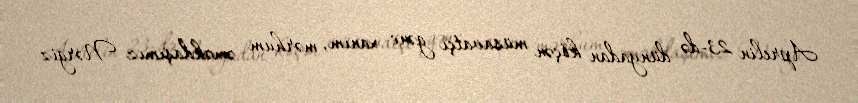
Aprelin 23-də dünyadan köçən müsavatçı gənc xanım, mərhum əməkdaşımız Nərgiz